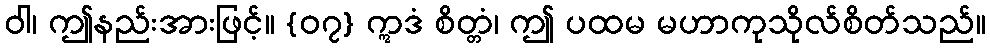
ဝါ၊ ဤနည်းအားဖြင့်။ {၀၇} ဣဒံ စိတ္တံ၊ ဤ ပထမ မဟာကုသိုလ်စိတ်သည်။